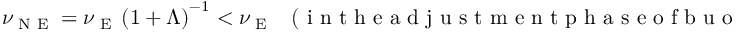
\nu _ { \textrm { N E } } = \nu _ { \textrm { E } } \left( { 1 + \Lambda } \right) ^ { - 1 } < \nu _ { \textrm { E } } \; \; \; ( \mathrm { ~ i ~ n ~ t ~ h ~ e ~ a ~ d ~ j ~ u ~ s ~ t ~ m ~ e ~ n ~ t ~ p ~ h ~ a ~ s ~ e ~ o ~ f ~ b ~ u ~ o ~ y ~ a ~ n ~ t ~ b ~ u ~ b ~ b ~ l ~ e ~ p ~ l ~ u ~ m ~ e ~ } ) .